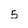
Character: 5